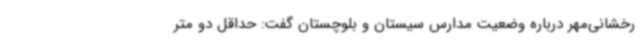
رخشانی‌مهر درباره وضعیت مدارس سیستان و بلوچستان گفت: حداقل دو متر